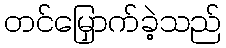
တင်မြှောက်ခဲ့သည်